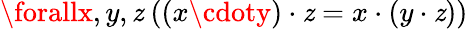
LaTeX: \forallx,y,\mathit{z}\ ((x\cdoty)\cdot\mathit{z}=x\cdot(y\cdot\mathit{z}))